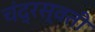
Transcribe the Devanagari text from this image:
चंद्रस्वती